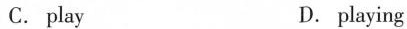
C. play D. playing